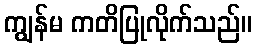
ကျွန်မ ကတိပြုလိုက်သည်။